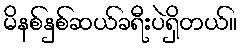
မိနစ်နှစ်ဆယ်ခရီးပဲရှိတယ်။